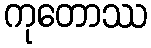
ကုတောဿ